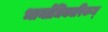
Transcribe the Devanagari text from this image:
भार्याधिकारिकम्